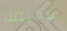
سخيفه